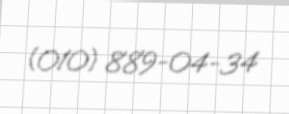
(010) 889-04-34